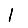
Digit: 1